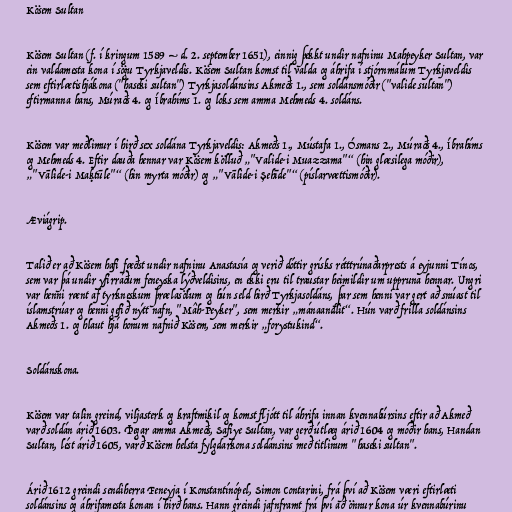
Kösem Sultan

Kösem Sultan (f. í kringum 1589 – d. 2. september 1651), einnig þekkt undir nafninu Mahpeyker Sultan, var
ein valdamesta kona í sögu Tyrkjaveldis. Kösem Sultan komst til valda og áhrifa í stjórnmálum Tyrkjaveldis
sem eftirlætishjákona ("haseki sultan") Tyrkjasoldánsins Akmeðs 1., sem soldánsmóðir ("valide sultan")
eftirmanna hans, Múraðs 4. og Íbrahíms 1. og loks sem amma Mehmeds 4. soldáns.

Kösem var meðlimur í hirð sex soldána Tyrkjaveldis: Akmeðs 1., Mústafa 1., Ósmans 2., Múraðs 4., Íbrahíms
og Mehmeds 4. Eftir dauða hennar var Kösem kölluð „"Valide-i Muazzama"“ (hin glæsilega móðir),
„"Vālide-i Maḳtūle"“ (hin myrta móðir) og „"Vālide-i Şehīde"“ (píslarvættismóðir).

Æviágrip.

Talið er að Kösem hafi fæðst undir nafninu Anastasía og verið dóttir grísks rétttrúnaðarprests á eyjunni Tínos,
sem var þá undir yfirráðum feneyska lýðveldisins, en ekki eru til traustar heimildir um uppruna hennar. Ungri
var henni rænt af tyrkneskum þrælasölum og hún seld hirð Tyrkjasoldáns, þar sem henni var gert að snúast til
íslamstrúar og henni gefið nýtt nafn, "Mâh-Peyker", sem merkir „mánaandlit“. Hún varð frilla soldánsins
Akmeðs 1. og hlaut hjá honum nafnið Kösem, sem merkir „forystukind“.

Soldánskona.

Kösem var talin greind, viljasterk og kraftmikil og komst fljótt til áhrifa innan kvennabúrsins eftir að Akmeð
varð soldán árið 1603. Þegar amma Akmeðs, Safiye Sultan, var gerð útlæg árið 1604 og móðir hans, Handan
Sultan, lést árið 1605, varð Kösem helsta fylgdarkona soldánsins með titlinum "haseki sultan".

Árið 1612 greindi sendiherra Feneyja í Konstantínópel, Simon Contarini, frá því að Kösem væri eftirlæti
soldánsins og áhrifamesta konan í hirð hans. Hann greindi jafnframt frá því að önnur kona úr kvennabúrinu